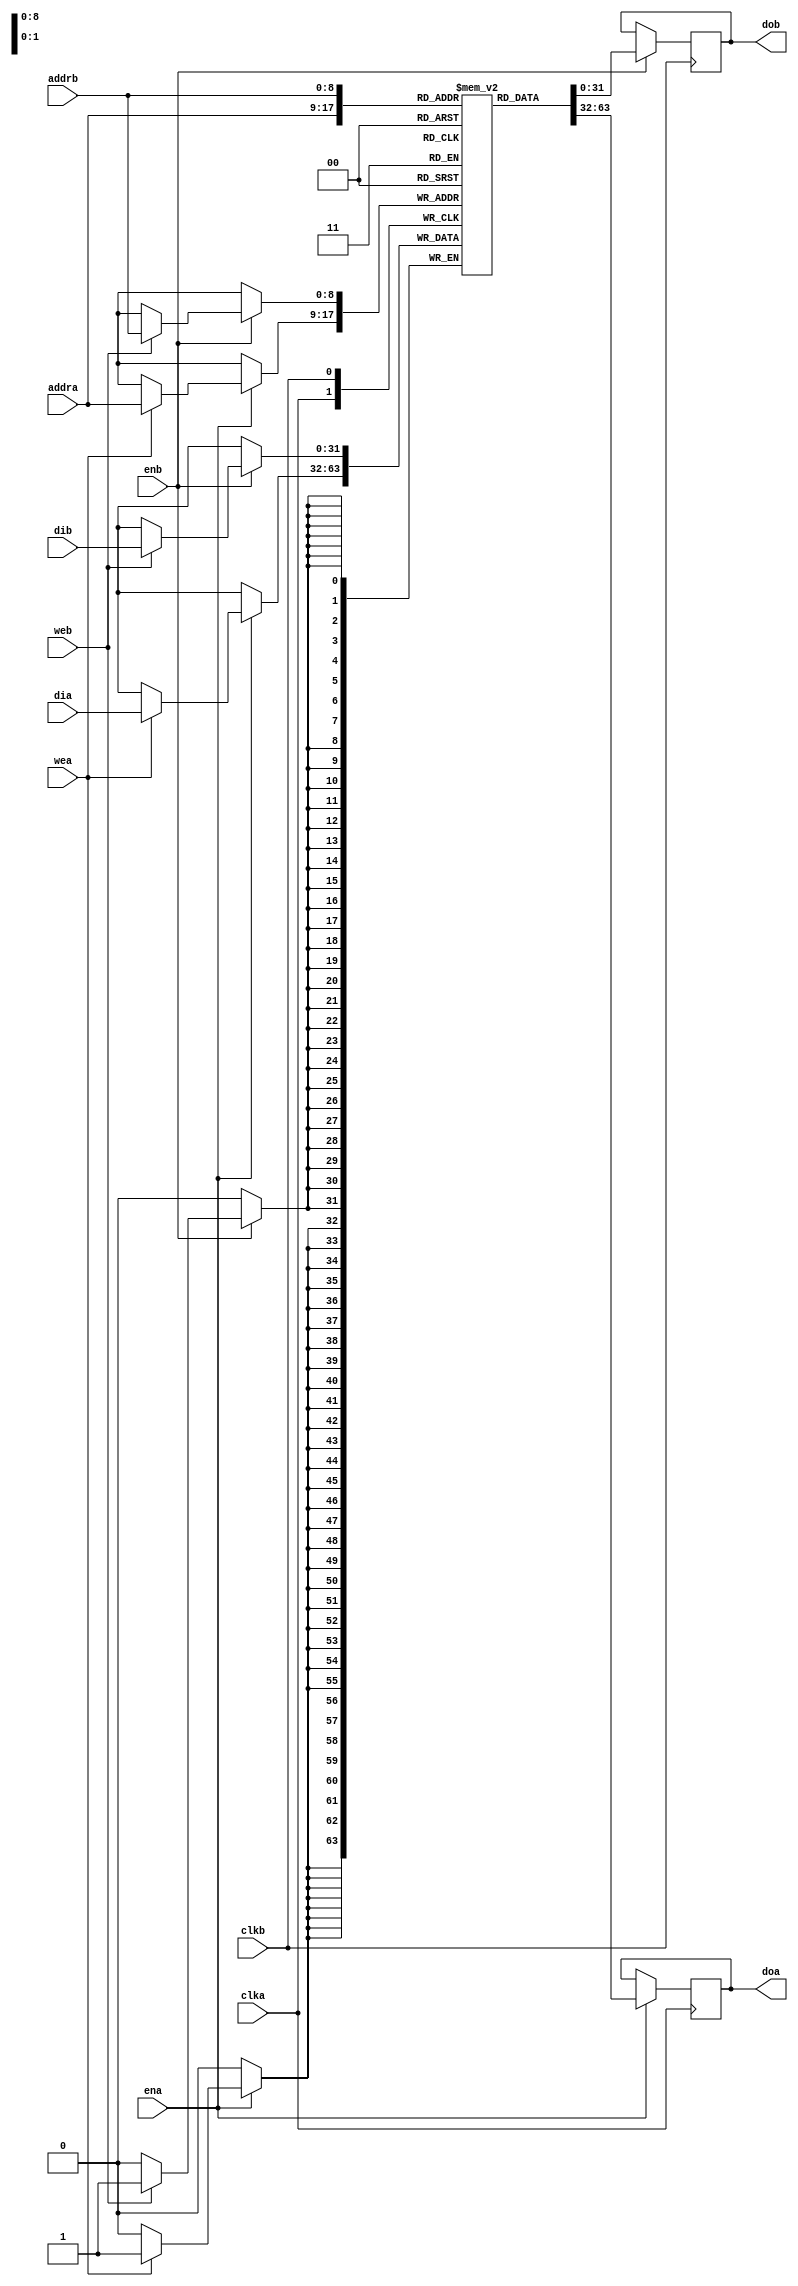
// This program was cloned from: https://github.com/open-sdr/openwifi-hw
// License: GNU Affero General Public License v3.0

//
// Copyright 2011 Ettus Research LLC
//
// This program is free software: you can redistribute it and/or modify
// it under the terms of the GNU General Public License as published by
// the Free Software Foundation, either version 3 of the License, or
// (at your option) any later version.
//
// This program is distributed in the hope that it will be useful,
// but WITHOUT ANY WARRANTY; without even the implied warranty of
// MERCHANTABILITY or FITNESS FOR A PARTICULAR PURPOSE.  See the
// GNU General Public License for more details.
//
// You should have received a copy of the GNU General Public License
// along with this program.  If not, see <http://www.gnu.org/licenses/>.
//



module ram_2port
#(
    parameter DWIDTH=32,
    parameter AWIDTH=9
)
(
    input clka,
    input ena,
    input wea,
    input [AWIDTH-1:0] addra,
    input [DWIDTH-1:0] dia,
    output reg [DWIDTH-1:0] doa,

    input clkb,
    input enb,
    input web,
    input [AWIDTH-1:0] addrb,
    input [DWIDTH-1:0] dib,
    output reg [DWIDTH-1:0] dob
);

reg [DWIDTH-1:0] ram [(1<<AWIDTH)-1:0];
integer 	    i;
initial begin
    for(i=0;i<(1<<AWIDTH);i=i+1)
        ram[i] <= {DWIDTH{1'b0}};
    doa <= 0;
    dob <= 0;
end

always @(posedge clka) begin
    if (ena) 
    begin
        if (wea)
            ram[addra] <= dia;
        doa <= ram[addra];
    end
end
always @(posedge clkb) begin
    if (enb)
    begin
        if (web)
            ram[addrb] <= dib;
        dob <= ram[addrb];
    end
end
endmodule // ram_2port